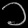
Digit: ၁